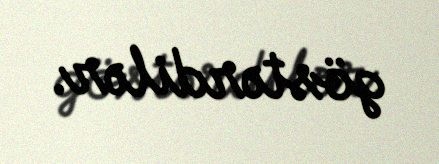
göstərdilər.